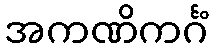
အကဏိကင်္ဂံ